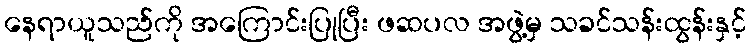
နေရာယူသည်ကို အကြောင်းပြုပြီး ဖဆပလ အဖွဲ့မှ သခင်သန်းထွန်းနှင့်